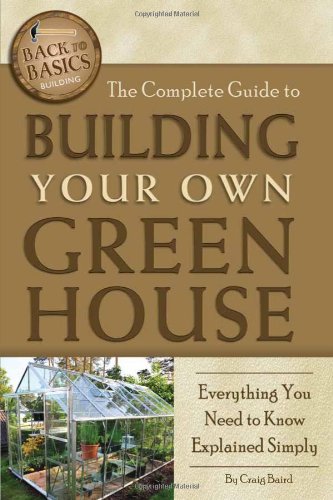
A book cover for The Complete Guide to Building Your Own Greenhouse: Everything You Need to Know Explained Simply (Back-To-Basics); Crafts, Hobbies & Home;